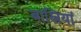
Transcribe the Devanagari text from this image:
बास्नियां